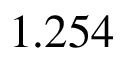
1 . 2 5 4